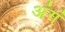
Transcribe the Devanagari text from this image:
अंगं